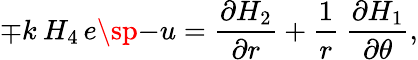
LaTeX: {\mp k\: H_{4}}\, {e\sp{-u}}=\frac{\partial H_{2}}{\partial r}+\frac{1}{r}\: \frac{\partial H_{1}}{\partial\theta},